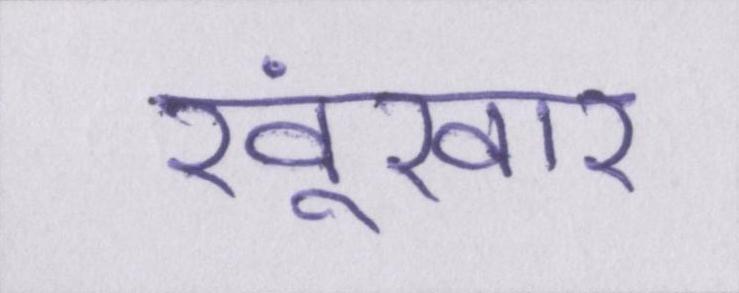
खूंखार